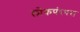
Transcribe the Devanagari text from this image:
लोकपंरपरा